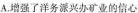
A.增强了洋务派兴办矿业的信心